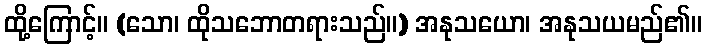
ထို့ကြောင့်။ (သော၊ ထိုသဘောတရားသည်။) အနုသယော၊ အနုသယမည်၏။